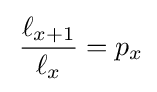
\,{\ell _{x+1} \over \ell _{x}}=p_{x}